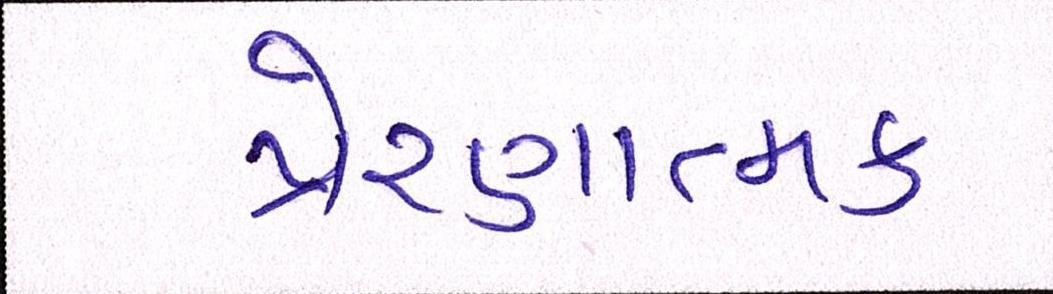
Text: પ્રેરણાત્મક